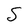
Character: S